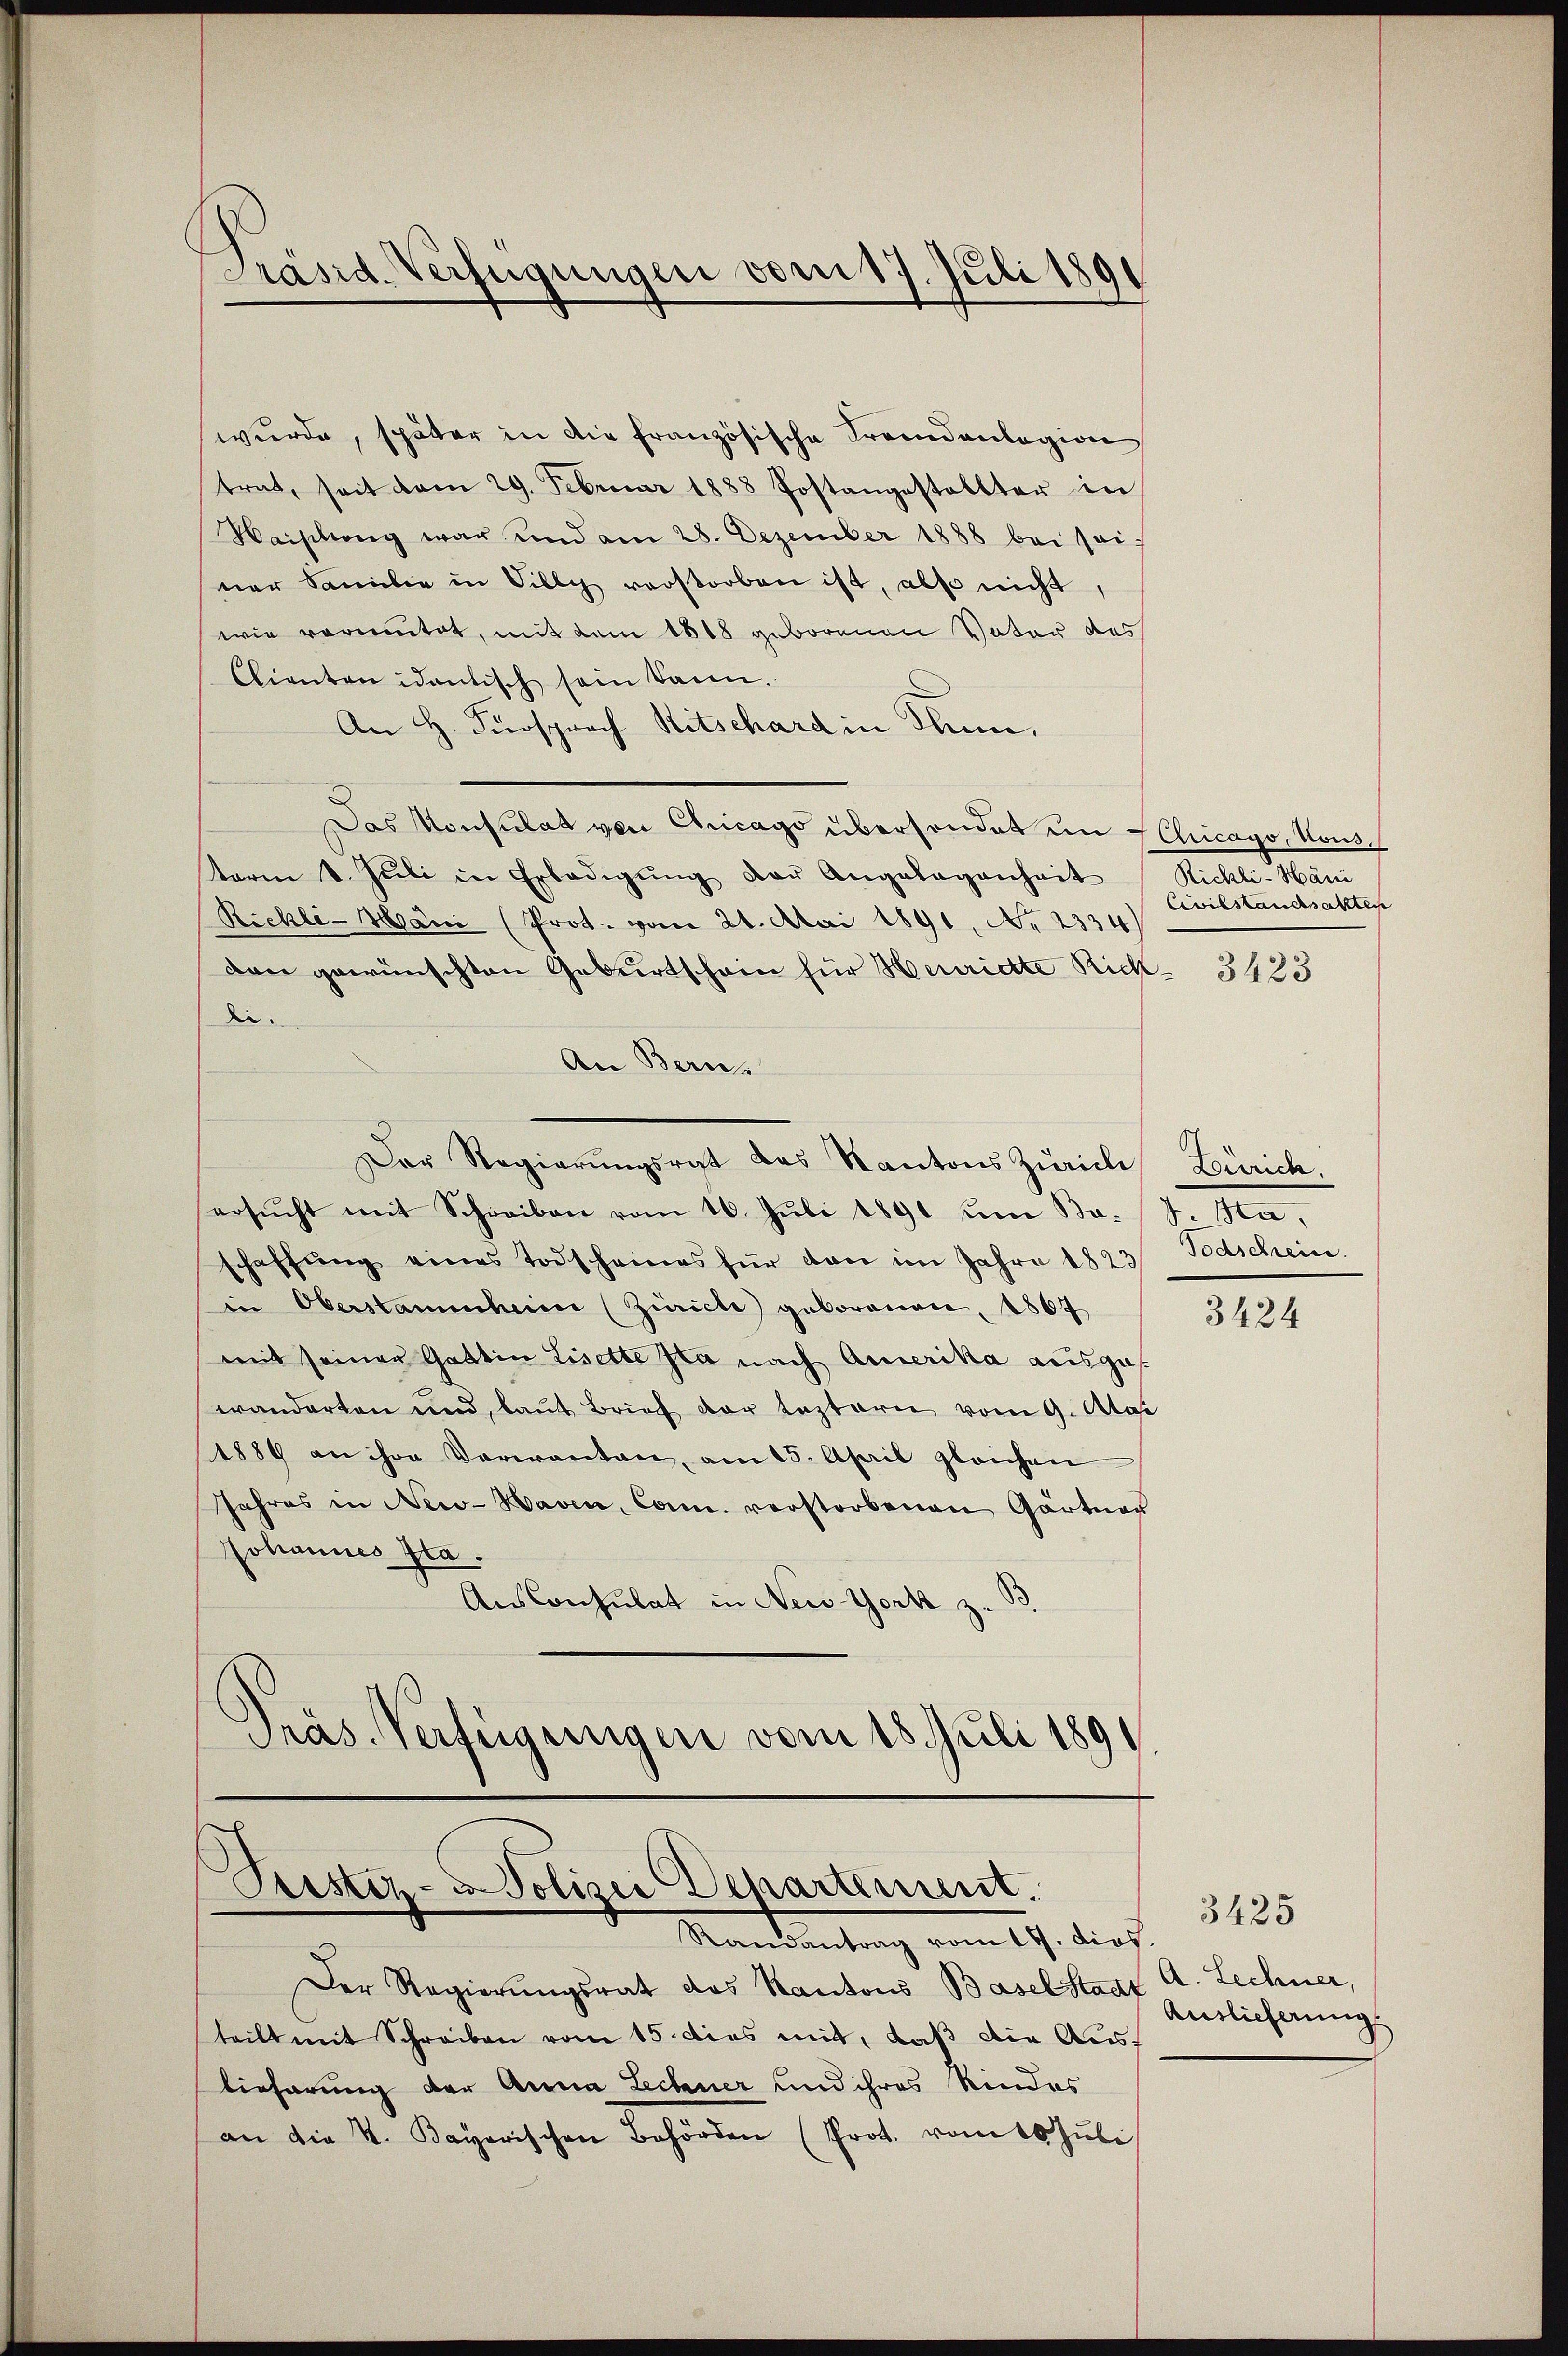
Präsid. Verfügungen vom 17. Juli 1891
c

wurde, später in die französische Fremdenlagion
trat, seit vom 29. Februar 1888 Postangestellter in
Haislung war und am 28. Dezember 1888 bei seiner Familie in Filly verstorben ist, also nicht,
wie vermutet, mit dem 1818 geborenen Vater des
Clienten identisch sein kann.
An H. Fürsprach Ritschard in Thun,
Das Konsulat von Chicago übersendet in Chicago, Noustari v. Jŭli in Erledigŭng der Angelegenheit
Richli-Mani (Prot. vom 21. Mai 1891, No 2334
den gewünschten Geburtschein für Henrichte Richdie
An Bern
Der Regierŭngsrat das Kantons Zürich Zürich,
ersŭcht mit Schreiben vom 10. Jŭli 1891 um Br. J. Sta
schaffŭng eines Todscheines für von im Jahre 1823 Todtschein
in Oberstammheim (Zürich geborenen, 1807
mit seiner Gattin Lisette Ita nach Amerika ausges
wanderten und laut Brief der leztern vom 9. Mai
1889 an ihre Verwanten, am 15. April gleichen
Jahres in New-Haven, Com. verstorbenen Gärtner
Johannes Sta
AnsConsulat in New-York z.
Präs. Verfügungen vom 15. Juli 189

Sistiz- u. Polizei Departement.
Randantrag vom 19. dies

Der Regierungsrat das Kantons Baselstadt A. Lechner,
teilt mit Schreiben vom 15. dies mit, daß die Austieferung der Anna Lechner und ihres Rindes
an die K. Bayerischen Behörden (Prot. vom 10. Juli

Richti-Häni
Civilstandsakten

3423

3424

Auslieferung

3425